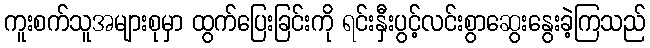
ကူးစက်သူအများစုမှာ ထွက်ပြေးခြင်းကို ရင်းနှီးပွင့်လင်းစွာဆွေးနွေးခဲ့ကြသည်